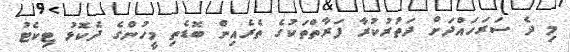
މި ދެ ސަރަހައްދަށް ދަތުރުކުރާ ފަރާތްތަކުގެ ތެރެއިން ބޮޑެތި މީހުންގެ ދެކޮޅު ޓިކެޓު